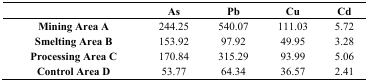
<table><thead><tr><td></td><td><b>As</b></td><td><b>Pb</b></td><td><b>Cu</b></td><td><b>Cd</b></td></tr></thead><tbody><tr><td><b>Mining Area A</b></td><td>244.25</td><td>540.07</td><td>111.03</td><td>5.72</td></tr><tr><td><b>Smelting Area B</b></td><td>153.92</td><td>97.92</td><td>49.95</td><td>3.28</td></tr><tr><td><b>Processing Area C</b></td><td>170.84</td><td>315.29</td><td>93.99</td><td>5.06</td></tr><tr><td><b>Control Area D</b></td><td>53.77</td><td>64.34</td><td>36.57</td><td>2.41</td></tr></tbody></table>